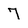
Character: 7